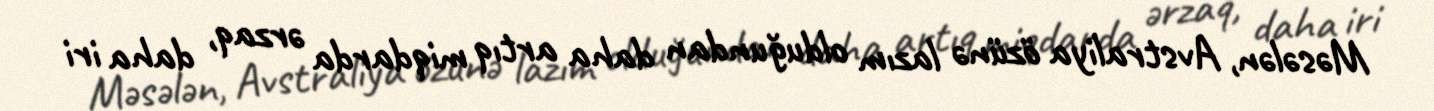
Məsələn, Avstraliya özünə lazım olduğundan daha artıq miqdarda ərzaq, daha iri